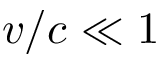
v / c \ll 1